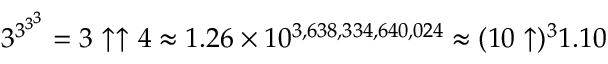
3 ^ { 3 ^ { 3 ^ { 3 } } } = 3 \uparrow \uparrow 4 \approx 1 . 2 6 \times 1 0 ^ { 3 , 6 3 8 , 3 3 4 , 6 4 0 , 0 2 4 } \approx ( 1 0 \uparrow ) ^ { 3 } 1 . 1 0